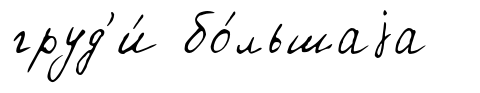
груд'и́ бо́льшаjа